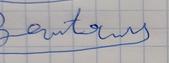
Signature authenticity: forged